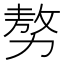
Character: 𠢕